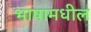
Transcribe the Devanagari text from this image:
भाषामधील